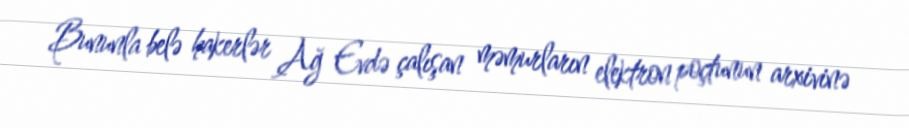
Bununla belə hakerlər Ağ Evdə çalışan məmurların elektron poçtunun arxivinə